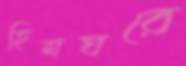
হিমঘরে